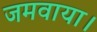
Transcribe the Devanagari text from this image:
जमवाया।